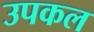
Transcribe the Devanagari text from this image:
उपकल